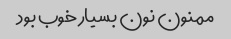
ممنون نون بسیار خوب بود